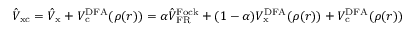
\hat { V } _ { \mathrm { x c } } = \hat { V } _ { \mathrm { x } } + V _ { \mathrm { c } } ^ { \mathrm { D F A } } ( \rho ( \boldsymbol { r } ) ) = \alpha \hat { V } _ { \mathrm { F R } } ^ { \mathrm { F o c k } } + ( 1 - \alpha ) V _ { \mathrm { x } } ^ { \mathrm { D F A } } ( \rho ( \boldsymbol { r } ) ) + V _ { \mathrm { c } } ^ { \mathrm { D F A } } ( \rho ( \boldsymbol { r } ) )